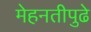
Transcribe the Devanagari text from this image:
मेहनतीपुढे